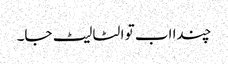
چندا اب تو الٹا لیٹ جا۔